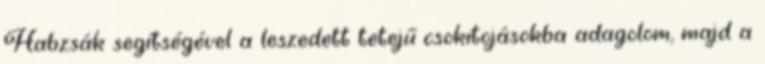
Habzsák segítségével a leszedett tetejű csokitojásokba adagolom, majd a